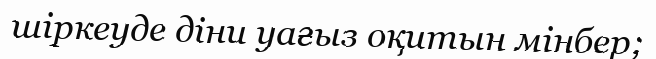
шіркеуде діни уағыз оқитын мінбер;